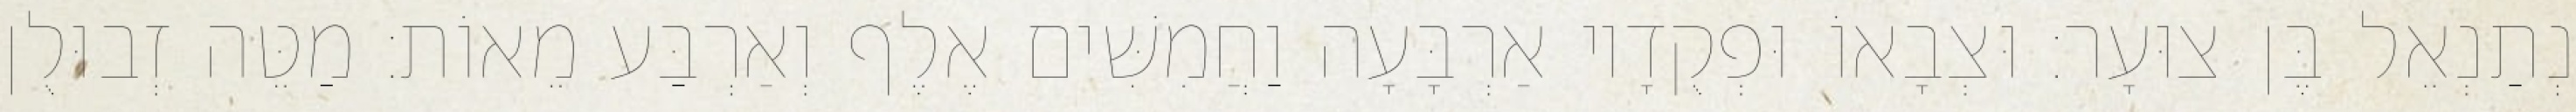
נְתַנְאֵל בֶּן צוּעָר׃ וּצְבָאוֹ וּפְקֻדָיו אַרְבָּעָה וַחֲמִשִּׁים אֶלֶף וְאַרְבַּע מֵאוֹת׃ מַטֵּה זְבוּלֻן